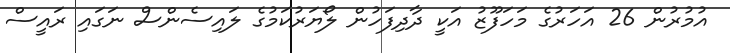
އުމުރުން 26 އަހަރުގެ މަހަފޫޒު އަކީ ދާދިފަހުން ލޯޔަރުކަމުގެ ލައިސެންސް ނަގައި ރައީސް